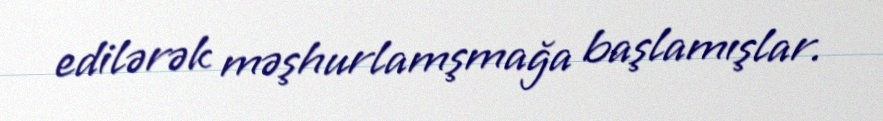
edilərək məşhurlamşmağa başlamışlar.